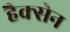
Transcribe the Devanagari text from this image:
हैक्सेन